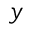
y